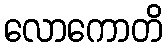
လောကောတိ